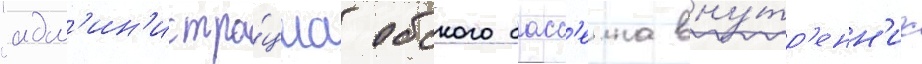
"адм'ин'истра́циа обского басс'еина вну́тр'енн'их